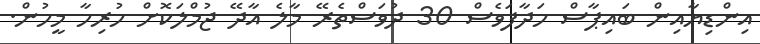
އިންޑިޔާއިން ބައިޕާސް ހަދާފަވެސް 30 ދުވަސްތެރޭ މާލެ އާދޭ ޖުމްލަކޮށް ހުރިހާ މީހުން.